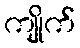
ကျိုက်